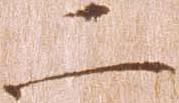
二